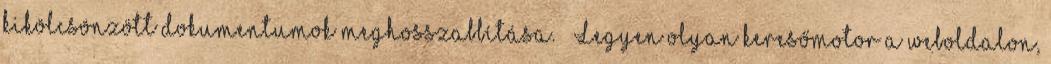
kikölcsönzött dokumentumok meghosszabbítása.  Legyen olyan keresőmotor a weboldalon,